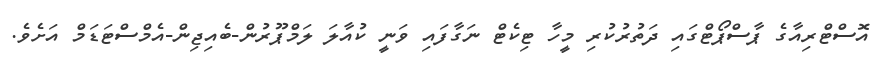
އޮސްޓްރިއާގެ ޕާސްޕޯޓްގައި ދަތުރުކުރި މީހާ ޓިކެޓް ނަގާފައި ވަނީ ކުއާލަ ލަމްޕޫރުން-ބެއިޖިން-އެމްސްޓަޑަމް އަށެވެ.